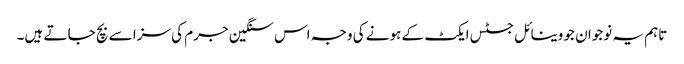
تاہم یہ نوجوان جو وینا ئل جسٹس ایکٹ کے ہونے کی وجہ اس سنگین جرم کی سزا سے بچ جا تے ہیں۔